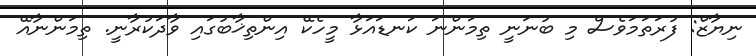
ނިޔާޒް: ފުރަތަމަވެސް މި ބުނަނީ ތިމަންނަ ކަނޑައަޅާ މީހެކޭ އިންތިޚާބުގައި ވާދަކުރާނީ. ތިމަންނާއޭ